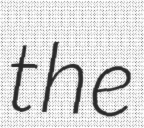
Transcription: the